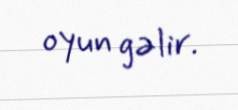
oyun gəlir.